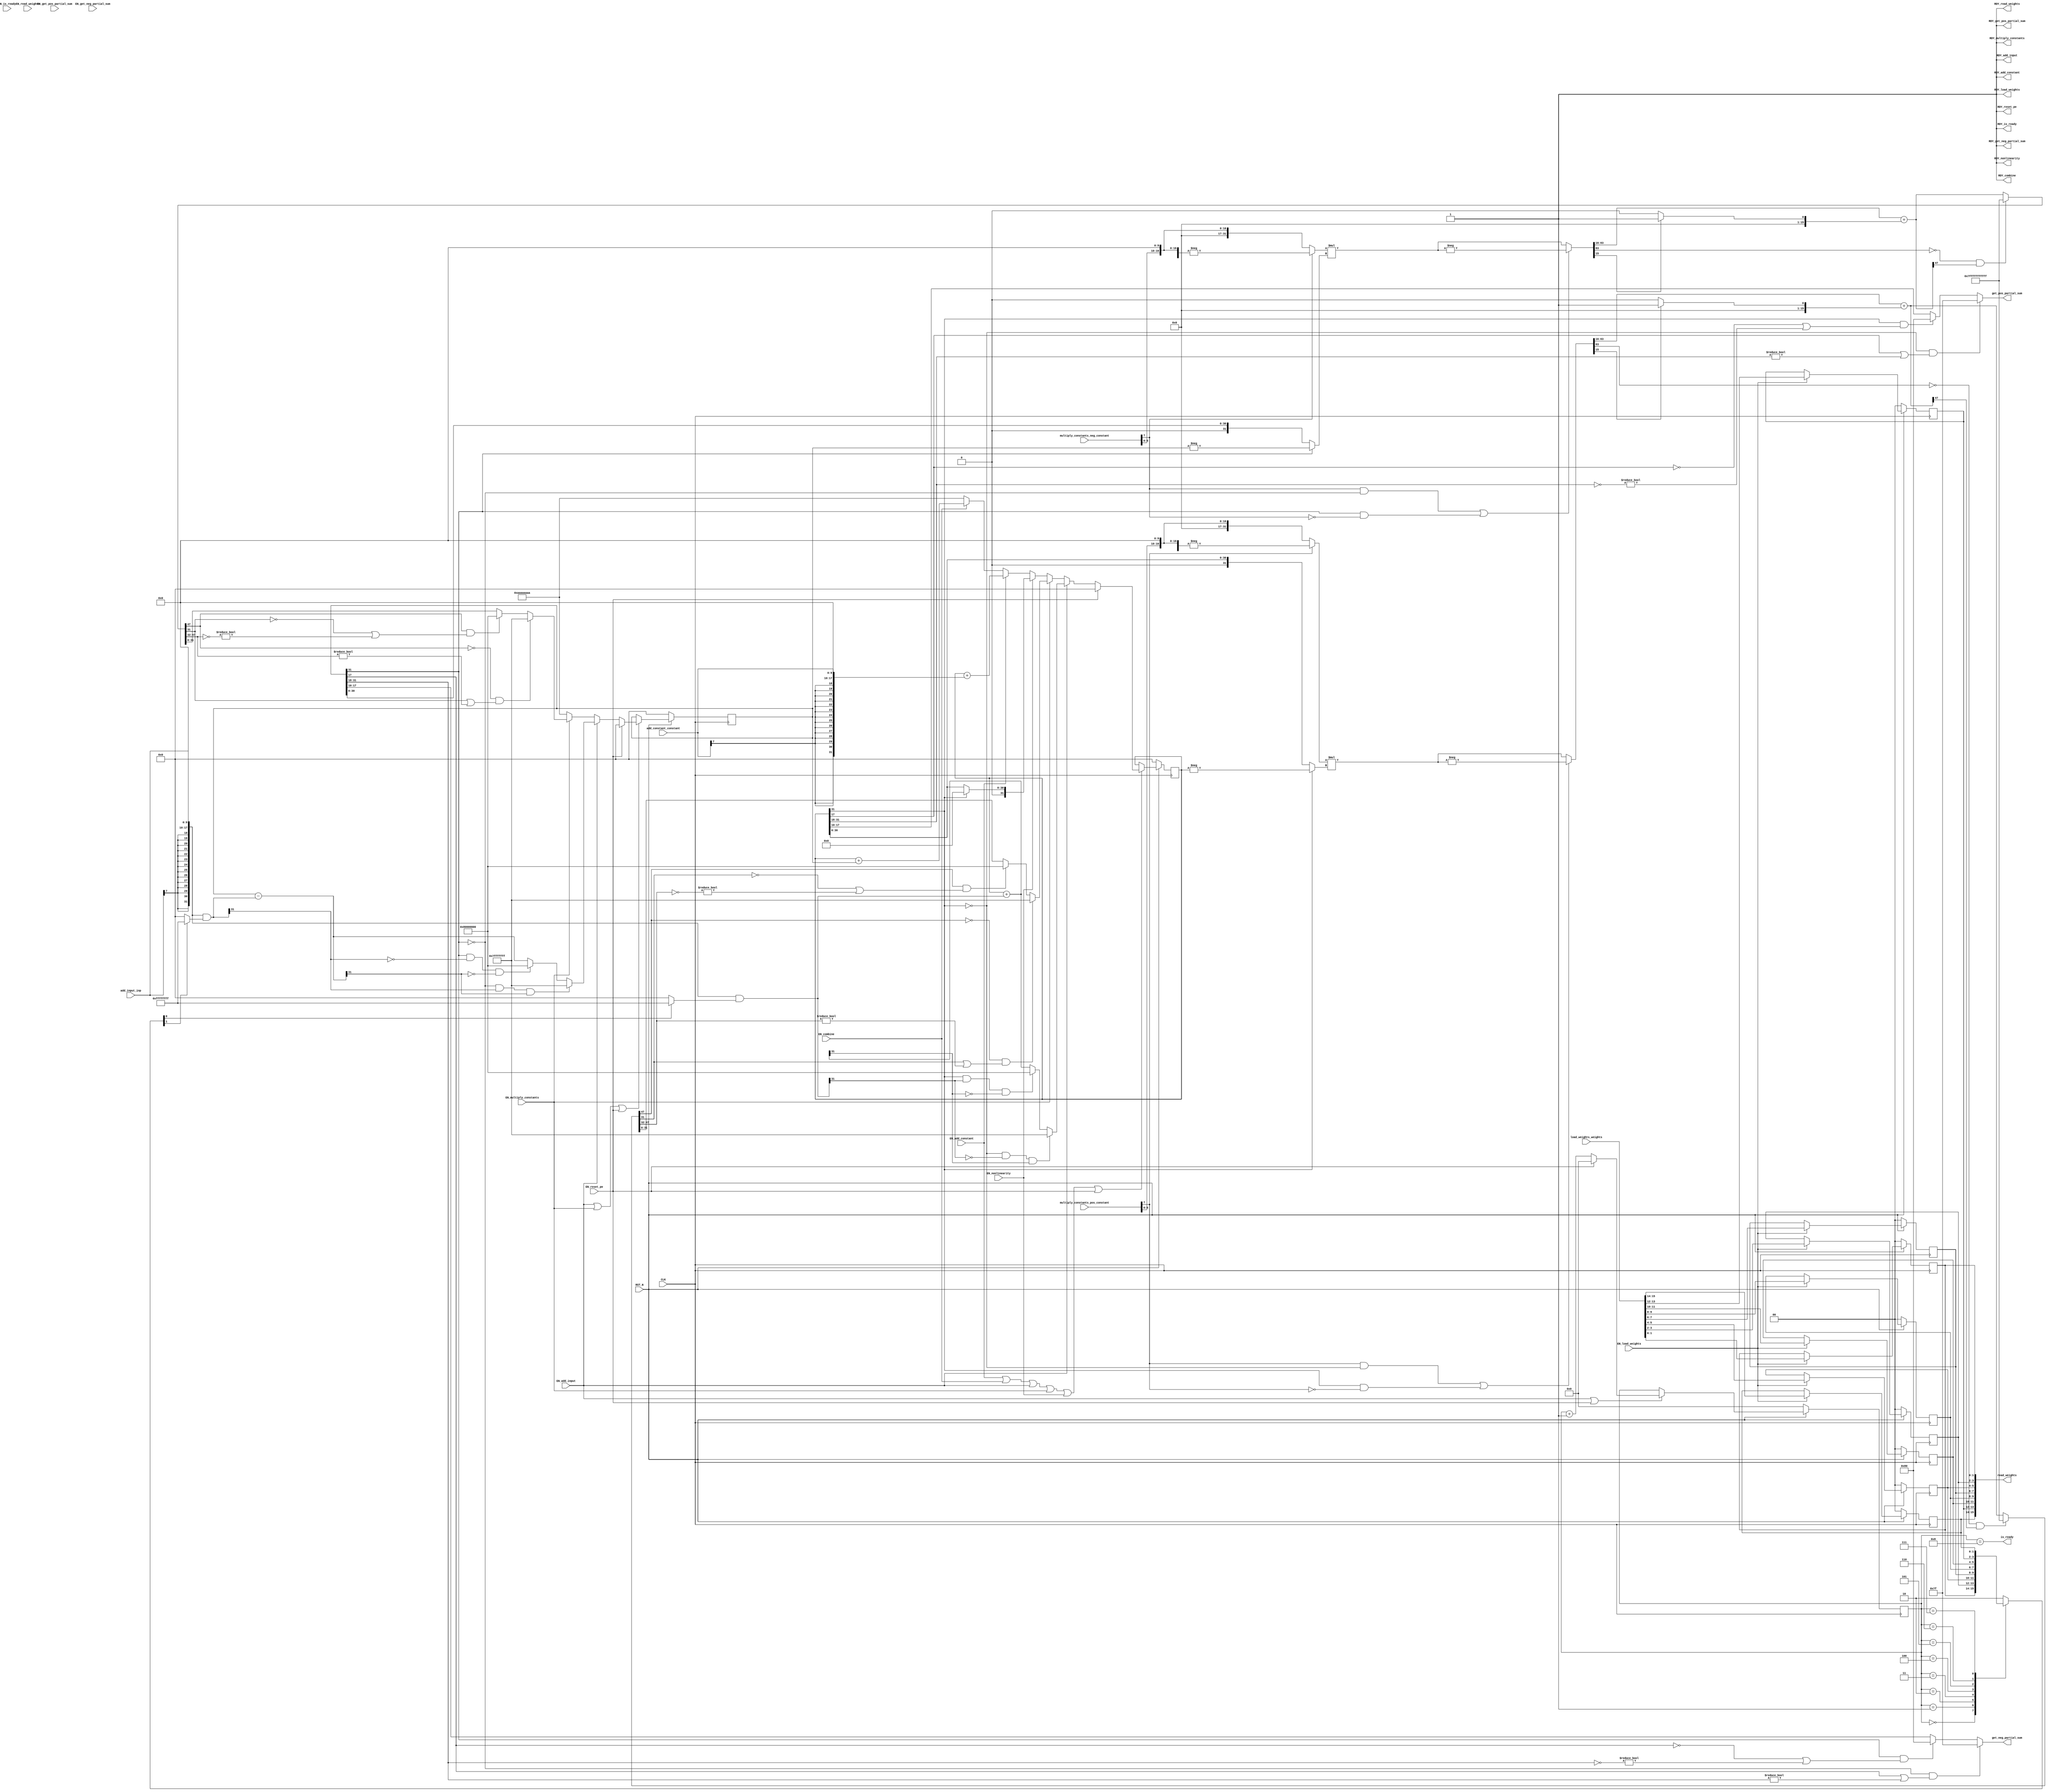
//
// Generated by Bluespec Compiler, version 2016.07.beta1 (build 34806, 2016-07-05)
//
// On Mon Dec 11 16:25:46 EST 2017
//
//
// Ports:
// Name                         I/O  size props
// RDY_load_weights               O     1 const
// RDY_add_input                  O     1 const
// RDY_multiply_constants         O     1 const
// RDY_combine                    O     1 const
// RDY_add_constant               O     1 const
// RDY_nonlinearity               O     1 const
// get_pos_partial_sum            O     8
// RDY_get_pos_partial_sum        O     1 const
// get_neg_partial_sum            O     8
// RDY_get_neg_partial_sum        O     1 const
// read_weights                   O    16 reg
// RDY_read_weights               O     1 const
// is_ready                       O     1
// RDY_is_ready                   O     1 const
// RDY_reset_pe                   O     1 const
// CLK                            I     1 clock
// RST_N                          I     1 reset
// load_weights_weights           I    16 reg
// add_input_inp                  I     8
// multiply_constants_pos_constant  I     8
// multiply_constants_neg_constant  I     8
// add_constant_constant          I     8
// EN_load_weights                I     1
// EN_add_input                   I     1
// EN_multiply_constants          I     1
// EN_combine                     I     1
// EN_add_constant                I     1
// EN_nonlinearity                I     1
// EN_reset_pe                    I     1
// EN_get_pos_partial_sum         I     1 unused
// EN_get_neg_partial_sum         I     1 unused
// EN_read_weights                I     1 unused
// EN_is_ready                    I     1 unused
//
// No combinational paths from inputs to outputs
//
//

`ifdef BSV_ASSIGNMENT_DELAY
`else
  `define BSV_ASSIGNMENT_DELAY
`endif

`ifdef BSV_POSITIVE_RESET
  `define BSV_RESET_VALUE 1'b1
  `define BSV_RESET_EDGE posedge
`else
  `define BSV_RESET_VALUE 1'b0
  `define BSV_RESET_EDGE negedge
`endif

module mkPE32(CLK,
	      RST_N,

	      load_weights_weights,
	      EN_load_weights,
	      RDY_load_weights,

	      add_input_inp,
	      EN_add_input,
	      RDY_add_input,

	      multiply_constants_pos_constant,
	      multiply_constants_neg_constant,
	      EN_multiply_constants,
	      RDY_multiply_constants,

	      EN_combine,
	      RDY_combine,

	      add_constant_constant,
	      EN_add_constant,
	      RDY_add_constant,

	      EN_nonlinearity,
	      RDY_nonlinearity,

	      EN_get_pos_partial_sum,
	      get_pos_partial_sum,
	      RDY_get_pos_partial_sum,

	      EN_get_neg_partial_sum,
	      get_neg_partial_sum,
	      RDY_get_neg_partial_sum,

	      EN_read_weights,
	      read_weights,
	      RDY_read_weights,

	      EN_is_ready,
	      is_ready,
	      RDY_is_ready,

	      EN_reset_pe,
	      RDY_reset_pe);
  input  CLK;
  input  RST_N;

  // action method load_weights
  input  [15 : 0] load_weights_weights;
  input  EN_load_weights;
  output RDY_load_weights;

  // action method add_input
  input  [7 : 0] add_input_inp;
  input  EN_add_input;
  output RDY_add_input;

  // action method multiply_constants
  input  [7 : 0] multiply_constants_pos_constant;
  input  [7 : 0] multiply_constants_neg_constant;
  input  EN_multiply_constants;
  output RDY_multiply_constants;

  // action method combine
  input  EN_combine;
  output RDY_combine;

  // action method add_constant
  input  [7 : 0] add_constant_constant;
  input  EN_add_constant;
  output RDY_add_constant;

  // action method nonlinearity
  input  EN_nonlinearity;
  output RDY_nonlinearity;

  // actionvalue method get_pos_partial_sum
  input  EN_get_pos_partial_sum;
  output [7 : 0] get_pos_partial_sum;
  output RDY_get_pos_partial_sum;

  // actionvalue method get_neg_partial_sum
  input  EN_get_neg_partial_sum;
  output [7 : 0] get_neg_partial_sum;
  output RDY_get_neg_partial_sum;

  // actionvalue method read_weights
  input  EN_read_weights;
  output [15 : 0] read_weights;
  output RDY_read_weights;

  // actionvalue method is_ready
  input  EN_is_ready;
  output is_ready;
  output RDY_is_ready;

  // action method reset_pe
  input  EN_reset_pe;
  output RDY_reset_pe;

  // signals for module outputs
  wire [15 : 0] read_weights;
  wire [7 : 0] get_neg_partial_sum, get_pos_partial_sum;
  wire RDY_add_constant,
       RDY_add_input,
       RDY_combine,
       RDY_get_neg_partial_sum,
       RDY_get_pos_partial_sum,
       RDY_is_ready,
       RDY_load_weights,
       RDY_multiply_constants,
       RDY_nonlinearity,
       RDY_read_weights,
       RDY_reset_pe,
       is_ready;

  // register m_neg_partial_sum
  reg [31 : 0] m_neg_partial_sum;
  reg [31 : 0] m_neg_partial_sum_D_IN;
  wire m_neg_partial_sum_EN;

  // register m_pos_partial_sum
  reg [31 : 0] m_pos_partial_sum;
  reg [31 : 0] m_pos_partial_sum_D_IN;
  wire m_pos_partial_sum_EN;

  // register m_step
  reg [3 : 0] m_step;
  wire [3 : 0] m_step_D_IN;
  wire m_step_EN;

  // register m_weight_regs_0
  reg [1 : 0] m_weight_regs_0;
  wire [1 : 0] m_weight_regs_0_D_IN;
  wire m_weight_regs_0_EN;

  // register m_weight_regs_1
  reg [1 : 0] m_weight_regs_1;
  wire [1 : 0] m_weight_regs_1_D_IN;
  wire m_weight_regs_1_EN;

  // register m_weight_regs_2
  reg [1 : 0] m_weight_regs_2;
  wire [1 : 0] m_weight_regs_2_D_IN;
  wire m_weight_regs_2_EN;

  // register m_weight_regs_3
  reg [1 : 0] m_weight_regs_3;
  wire [1 : 0] m_weight_regs_3_D_IN;
  wire m_weight_regs_3_EN;

  // register m_weight_regs_4
  reg [1 : 0] m_weight_regs_4;
  wire [1 : 0] m_weight_regs_4_D_IN;
  wire m_weight_regs_4_EN;

  // register m_weight_regs_5
  reg [1 : 0] m_weight_regs_5;
  wire [1 : 0] m_weight_regs_5_D_IN;
  wire m_weight_regs_5_EN;

  // register m_weight_regs_6
  reg [1 : 0] m_weight_regs_6;
  wire [1 : 0] m_weight_regs_6_D_IN;
  wire m_weight_regs_6_EN;

  // register m_weight_regs_7
  reg [1 : 0] m_weight_regs_7;
  wire [1 : 0] m_weight_regs_7_D_IN;
  wire m_weight_regs_7_EN;

  // rule scheduling signals
  wire CAN_FIRE_add_constant,
       CAN_FIRE_add_input,
       CAN_FIRE_combine,
       CAN_FIRE_get_neg_partial_sum,
       CAN_FIRE_get_pos_partial_sum,
       CAN_FIRE_is_ready,
       CAN_FIRE_load_weights,
       CAN_FIRE_multiply_constants,
       CAN_FIRE_nonlinearity,
       CAN_FIRE_read_weights,
       CAN_FIRE_reset_pe,
       WILL_FIRE_add_constant,
       WILL_FIRE_add_input,
       WILL_FIRE_combine,
       WILL_FIRE_get_neg_partial_sum,
       WILL_FIRE_get_pos_partial_sum,
       WILL_FIRE_is_ready,
       WILL_FIRE_load_weights,
       WILL_FIRE_multiply_constants,
       WILL_FIRE_nonlinearity,
       WILL_FIRE_read_weights,
       WILL_FIRE_reset_pe;

  // inputs to muxes for submodule ports
  wire [31 : 0] MUX_m_neg_partial_sum_write_1__VAL_2,
		MUX_m_neg_partial_sum_write_1__VAL_3,
		MUX_m_pos_partial_sum_write_1__VAL_2,
		MUX_m_pos_partial_sum_write_1__VAL_3,
		MUX_m_pos_partial_sum_write_1__VAL_4,
		MUX_m_pos_partial_sum_write_1__VAL_5,
		MUX_m_pos_partial_sum_write_1__VAL_6;
  wire [3 : 0] MUX_m_step_write_1__VAL_2;

  // remaining internal signals
  reg [1 : 0] SEL_ARR_m_weight_regs_0_7_m_weight_regs_1_8_m__ETC___d27;
  wire [63 : 0] IF_SEXT_multiply_constants_neg_constant_BITS_7_ETC___d118,
		IF_SEXT_multiply_constants_pos_constant_BITS_7_ETC___d74,
		x__h6365,
		x__h9294;
  wire [47 : 0] IF_NOT_IF_SEXT_multiply_constants_neg_constant_ETC___d130,
		IF_NOT_IF_SEXT_multiply_constants_pos_constant_ETC___d86,
		IF_SEXT_multiply_constants_neg_constant_BITS_7_ETC___d127,
		IF_SEXT_multiply_constants_pos_constant_BITS_7_ETC___d83;
  wire [31 : 0] SEXT_add_input_inp_BITS_7_TO_6_2_3_CONCAT_add__ETC___d30,
		SEXT_add_input_inp_BITS_7_TO_6_2_3_CONCAT_add__ETC___d47,
		c__h1994,
		m_neg_partial_sum_2_MINUS_SEXT_add_input_inp_B_ETC___d50,
		m_pos_partial_sum_PLUS_SEXT_add_input_inp_BITS_ETC___d34,
		x__h6422,
		x__h6438,
		x__h6441,
		x__h9348,
		x__h9364,
		x__h9367,
		y__h2619,
		y__h4368;
  wire [15 : 0] in2_f__h11468,
		in2_i__h11467,
		inp_se_f__h2623,
		inp_se_i__h2622,
		tmp1a_f__h6383,
		tmp1a_i__h6382,
		tmp3a_f__h9312,
		tmp3a_i__h9311,
		y_f__h6993,
		y_f__h9916;
  wire [1 : 0] add_constant_constant_BITS_7_TO_6__q3,
	       add_input_inp_BITS_7_TO_6__q1,
	       multiply_constants_neg_constant_BITS_7_TO_6__q4,
	       multiply_constants_pos_constant_BITS_7_TO_6__q2;

  // action method load_weights
  assign RDY_load_weights = 1'd1 ;
  assign CAN_FIRE_load_weights = 1'd1 ;
  assign WILL_FIRE_load_weights = EN_load_weights ;

  // action method add_input
  assign RDY_add_input = 1'd1 ;
  assign CAN_FIRE_add_input = 1'd1 ;
  assign WILL_FIRE_add_input = EN_add_input ;

  // action method multiply_constants
  assign RDY_multiply_constants = 1'd1 ;
  assign CAN_FIRE_multiply_constants = 1'd1 ;
  assign WILL_FIRE_multiply_constants = EN_multiply_constants ;

  // action method combine
  assign RDY_combine = 1'd1 ;
  assign CAN_FIRE_combine = 1'd1 ;
  assign WILL_FIRE_combine = EN_combine ;

  // action method add_constant
  assign RDY_add_constant = 1'd1 ;
  assign CAN_FIRE_add_constant = 1'd1 ;
  assign WILL_FIRE_add_constant = EN_add_constant ;

  // action method nonlinearity
  assign RDY_nonlinearity = 1'd1 ;
  assign CAN_FIRE_nonlinearity = 1'd1 ;
  assign WILL_FIRE_nonlinearity = EN_nonlinearity ;

  // actionvalue method get_pos_partial_sum
  assign get_pos_partial_sum =
	     (!m_pos_partial_sum[31] &&
	      (m_pos_partial_sum[17] || m_pos_partial_sum[31:18] != 14'd0)) ?
	       8'd127 :
	       ((m_pos_partial_sum[31] &&
		 (!m_pos_partial_sum[17] ||
		  ~m_pos_partial_sum[31:18] != 14'd0)) ?
		  8'd128 :
		  m_pos_partial_sum[17:10]) ;
  assign RDY_get_pos_partial_sum = 1'd1 ;
  assign CAN_FIRE_get_pos_partial_sum = 1'd1 ;
  assign WILL_FIRE_get_pos_partial_sum = EN_get_pos_partial_sum ;

  // actionvalue method get_neg_partial_sum
  assign get_neg_partial_sum =
	     (!m_neg_partial_sum[31] &&
	      (m_neg_partial_sum[17] || m_neg_partial_sum[31:18] != 14'd0)) ?
	       8'd127 :
	       ((m_neg_partial_sum[31] &&
		 (!m_neg_partial_sum[17] ||
		  ~m_neg_partial_sum[31:18] != 14'd0)) ?
		  8'd128 :
		  m_neg_partial_sum[17:10]) ;
  assign RDY_get_neg_partial_sum = 1'd1 ;
  assign CAN_FIRE_get_neg_partial_sum = 1'd1 ;
  assign WILL_FIRE_get_neg_partial_sum = EN_get_neg_partial_sum ;

  // actionvalue method read_weights
  assign read_weights =
	     { m_weight_regs_7,
	       m_weight_regs_6,
	       m_weight_regs_5,
	       m_weight_regs_4,
	       m_weight_regs_3,
	       m_weight_regs_2,
	       m_weight_regs_1,
	       m_weight_regs_0 } ;
  assign RDY_read_weights = 1'd1 ;
  assign CAN_FIRE_read_weights = 1'd1 ;
  assign WILL_FIRE_read_weights = EN_read_weights ;

  // actionvalue method is_ready
  assign is_ready = m_step == 4'd8 ;
  assign RDY_is_ready = 1'd1 ;
  assign CAN_FIRE_is_ready = 1'd1 ;
  assign WILL_FIRE_is_ready = EN_is_ready ;

  // action method reset_pe
  assign RDY_reset_pe = 1'd1 ;
  assign CAN_FIRE_reset_pe = 1'd1 ;
  assign WILL_FIRE_reset_pe = EN_reset_pe ;

  // inputs to muxes for submodule ports
  assign MUX_m_neg_partial_sum_write_1__VAL_2 =
	     (!m_neg_partial_sum[31] &&
	      SEXT_add_input_inp_BITS_7_TO_6_2_3_CONCAT_add__ETC___d47[31] &&
	      m_neg_partial_sum_2_MINUS_SEXT_add_input_inp_B_ETC___d50[31]) ?
	       32'h7FFFFFFF :
	       ((m_neg_partial_sum[31] &&
		 !SEXT_add_input_inp_BITS_7_TO_6_2_3_CONCAT_add__ETC___d47[31] &&
		 !m_neg_partial_sum_2_MINUS_SEXT_add_input_inp_B_ETC___d50[31]) ?
		  32'h80000000 :
		  m_neg_partial_sum_2_MINUS_SEXT_add_input_inp_B_ETC___d50) ;
  assign MUX_m_neg_partial_sum_write_1__VAL_3 =
	     (!IF_NOT_IF_SEXT_multiply_constants_neg_constant_ETC___d130[47] &&
	      (IF_NOT_IF_SEXT_multiply_constants_neg_constant_ETC___d130[31] ||
	       IF_NOT_IF_SEXT_multiply_constants_neg_constant_ETC___d130[47:32] !=
	       16'd0)) ?
	       32'h7FFFFFFF :
	       ((IF_NOT_IF_SEXT_multiply_constants_neg_constant_ETC___d130[47] &&
		 (!IF_NOT_IF_SEXT_multiply_constants_neg_constant_ETC___d130[31] ||
		  ~IF_NOT_IF_SEXT_multiply_constants_neg_constant_ETC___d130[47:32] !=
		  16'd0)) ?
		  32'h80000000 :
		  IF_NOT_IF_SEXT_multiply_constants_neg_constant_ETC___d130[31:0]) ;
  assign MUX_m_pos_partial_sum_write_1__VAL_2 =
	     (!m_pos_partial_sum[31] &&
	      !SEXT_add_input_inp_BITS_7_TO_6_2_3_CONCAT_add__ETC___d30[31] &&
	      m_pos_partial_sum_PLUS_SEXT_add_input_inp_BITS_ETC___d34[31]) ?
	       32'h7FFFFFFF :
	       ((m_pos_partial_sum[31] &&
		 SEXT_add_input_inp_BITS_7_TO_6_2_3_CONCAT_add__ETC___d30[31] &&
		 !m_pos_partial_sum_PLUS_SEXT_add_input_inp_BITS_ETC___d34[31]) ?
		  32'h80000000 :
		  m_pos_partial_sum_PLUS_SEXT_add_input_inp_BITS_ETC___d34) ;
  assign MUX_m_pos_partial_sum_write_1__VAL_3 =
	     (!IF_NOT_IF_SEXT_multiply_constants_pos_constant_ETC___d86[47] &&
	      (IF_NOT_IF_SEXT_multiply_constants_pos_constant_ETC___d86[31] ||
	       IF_NOT_IF_SEXT_multiply_constants_pos_constant_ETC___d86[47:32] !=
	       16'd0)) ?
	       32'h7FFFFFFF :
	       ((IF_NOT_IF_SEXT_multiply_constants_pos_constant_ETC___d86[47] &&
		 (!IF_NOT_IF_SEXT_multiply_constants_pos_constant_ETC___d86[31] ||
		  ~IF_NOT_IF_SEXT_multiply_constants_pos_constant_ETC___d86[47:32] !=
		  16'd0)) ?
		  32'h80000000 :
		  IF_NOT_IF_SEXT_multiply_constants_pos_constant_ETC___d86[31:0]) ;
  assign MUX_m_pos_partial_sum_write_1__VAL_4 =
	     m_pos_partial_sum[31] ? 32'd0 : m_pos_partial_sum ;
  assign MUX_m_pos_partial_sum_write_1__VAL_5 =
	     m_pos_partial_sum + { in2_i__h11467, in2_f__h11468 } ;
  assign MUX_m_pos_partial_sum_write_1__VAL_6 =
	     m_pos_partial_sum + m_neg_partial_sum ;
  assign MUX_m_step_write_1__VAL_2 = m_step + 4'd1 ;

  // register m_neg_partial_sum
  always@(EN_reset_pe or
	  EN_add_input or
	  MUX_m_neg_partial_sum_write_1__VAL_2 or
	  EN_multiply_constants or MUX_m_neg_partial_sum_write_1__VAL_3)
  case (1'b1)
    EN_reset_pe: m_neg_partial_sum_D_IN = 32'd0;
    EN_add_input:
	m_neg_partial_sum_D_IN = MUX_m_neg_partial_sum_write_1__VAL_2;
    EN_multiply_constants:
	m_neg_partial_sum_D_IN = MUX_m_neg_partial_sum_write_1__VAL_3;
    default: m_neg_partial_sum_D_IN = 32'hAAAAAAAA /* unspecified value */ ;
  endcase
  assign m_neg_partial_sum_EN =
	     EN_add_input || EN_multiply_constants || EN_reset_pe ;

  // register m_pos_partial_sum
  always@(EN_reset_pe or
	  EN_add_input or
	  MUX_m_pos_partial_sum_write_1__VAL_2 or
	  EN_multiply_constants or
	  MUX_m_pos_partial_sum_write_1__VAL_3 or
	  EN_nonlinearity or
	  MUX_m_pos_partial_sum_write_1__VAL_4 or
	  EN_add_constant or
	  MUX_m_pos_partial_sum_write_1__VAL_5 or
	  EN_combine or MUX_m_pos_partial_sum_write_1__VAL_6)
  case (1'b1)
    EN_reset_pe: m_pos_partial_sum_D_IN = 32'd0;
    EN_add_input:
	m_pos_partial_sum_D_IN = MUX_m_pos_partial_sum_write_1__VAL_2;
    EN_multiply_constants:
	m_pos_partial_sum_D_IN = MUX_m_pos_partial_sum_write_1__VAL_3;
    EN_nonlinearity:
	m_pos_partial_sum_D_IN = MUX_m_pos_partial_sum_write_1__VAL_4;
    EN_add_constant:
	m_pos_partial_sum_D_IN = MUX_m_pos_partial_sum_write_1__VAL_5;
    EN_combine: m_pos_partial_sum_D_IN = MUX_m_pos_partial_sum_write_1__VAL_6;
    default: m_pos_partial_sum_D_IN = 32'hAAAAAAAA /* unspecified value */ ;
  endcase
  assign m_pos_partial_sum_EN =
	     EN_add_constant || EN_combine || EN_add_input ||
	     EN_multiply_constants ||
	     EN_nonlinearity ||
	     EN_reset_pe ;

  // register m_step
  assign m_step_D_IN = EN_reset_pe ? 4'd0 : MUX_m_step_write_1__VAL_2 ;
  assign m_step_EN = EN_add_input || EN_reset_pe ;

  // register m_weight_regs_0
  assign m_weight_regs_0_D_IN = load_weights_weights[1:0] ;
  assign m_weight_regs_0_EN = EN_load_weights ;

  // register m_weight_regs_1
  assign m_weight_regs_1_D_IN = load_weights_weights[3:2] ;
  assign m_weight_regs_1_EN = EN_load_weights ;

  // register m_weight_regs_2
  assign m_weight_regs_2_D_IN = load_weights_weights[5:4] ;
  assign m_weight_regs_2_EN = EN_load_weights ;

  // register m_weight_regs_3
  assign m_weight_regs_3_D_IN = load_weights_weights[7:6] ;
  assign m_weight_regs_3_EN = EN_load_weights ;

  // register m_weight_regs_4
  assign m_weight_regs_4_D_IN = load_weights_weights[9:8] ;
  assign m_weight_regs_4_EN = EN_load_weights ;

  // register m_weight_regs_5
  assign m_weight_regs_5_D_IN = load_weights_weights[11:10] ;
  assign m_weight_regs_5_EN = EN_load_weights ;

  // register m_weight_regs_6
  assign m_weight_regs_6_D_IN = load_weights_weights[13:12] ;
  assign m_weight_regs_6_EN = EN_load_weights ;

  // register m_weight_regs_7
  assign m_weight_regs_7_D_IN = load_weights_weights[15:14] ;
  assign m_weight_regs_7_EN = EN_load_weights ;

  // remaining internal signals
  assign IF_NOT_IF_SEXT_multiply_constants_neg_constant_ETC___d130 =
	     (!x__h9294[63] &&
	      IF_SEXT_multiply_constants_neg_constant_BITS_7_ETC___d127[47]) ?
	       48'h7FFFFFFFFFFF :
	       IF_SEXT_multiply_constants_neg_constant_BITS_7_ETC___d127 ;
  assign IF_NOT_IF_SEXT_multiply_constants_pos_constant_ETC___d86 =
	     (!x__h6365[63] &&
	      IF_SEXT_multiply_constants_pos_constant_BITS_7_ETC___d83[47]) ?
	       48'h7FFFFFFFFFFF :
	       IF_SEXT_multiply_constants_pos_constant_BITS_7_ETC___d83 ;
  assign IF_SEXT_multiply_constants_neg_constant_BITS_7_ETC___d118 =
	     x__h9348 * x__h9367 ;
  assign IF_SEXT_multiply_constants_neg_constant_BITS_7_ETC___d127 =
	     x__h9294[63:16] + { 32'd0, y_f__h9916 } ;
  assign IF_SEXT_multiply_constants_pos_constant_BITS_7_ETC___d74 =
	     x__h6422 * x__h6441 ;
  assign IF_SEXT_multiply_constants_pos_constant_BITS_7_ETC___d83 =
	     x__h6365[63:16] + { 32'd0, y_f__h6993 } ;
  assign SEXT_add_input_inp_BITS_7_TO_6_2_3_CONCAT_add__ETC___d30 =
	     c__h1994 & y__h2619 ;
  assign SEXT_add_input_inp_BITS_7_TO_6_2_3_CONCAT_add__ETC___d47 =
	     c__h1994 & y__h4368 ;
  assign add_constant_constant_BITS_7_TO_6__q3 = add_constant_constant[7:6] ;
  assign add_input_inp_BITS_7_TO_6__q1 = add_input_inp[7:6] ;
  assign c__h1994 = { inp_se_i__h2622, inp_se_f__h2623 } ;
  assign in2_f__h11468 = { add_constant_constant[5:0], 10'd0 } ;
  assign in2_i__h11467 =
	     { {14{add_constant_constant_BITS_7_TO_6__q3[1]}},
	       add_constant_constant_BITS_7_TO_6__q3 } ;
  assign inp_se_f__h2623 = { add_input_inp[5:0], 10'd0 } ;
  assign inp_se_i__h2622 =
	     { {14{add_input_inp_BITS_7_TO_6__q1[1]}},
	       add_input_inp_BITS_7_TO_6__q1 } ;
  assign m_neg_partial_sum_2_MINUS_SEXT_add_input_inp_B_ETC___d50 =
	     m_neg_partial_sum -
	     SEXT_add_input_inp_BITS_7_TO_6_2_3_CONCAT_add__ETC___d47 ;
  assign m_pos_partial_sum_PLUS_SEXT_add_input_inp_BITS_ETC___d34 =
	     m_pos_partial_sum +
	     SEXT_add_input_inp_BITS_7_TO_6_2_3_CONCAT_add__ETC___d30 ;
  assign multiply_constants_neg_constant_BITS_7_TO_6__q4 =
	     multiply_constants_neg_constant[7:6] ;
  assign multiply_constants_pos_constant_BITS_7_TO_6__q2 =
	     multiply_constants_pos_constant[7:6] ;
  assign tmp1a_f__h6383 = { multiply_constants_pos_constant[5:0], 10'd0 } ;
  assign tmp1a_i__h6382 =
	     { {14{multiply_constants_pos_constant_BITS_7_TO_6__q2[1]}},
	       multiply_constants_pos_constant_BITS_7_TO_6__q2 } ;
  assign tmp3a_f__h9312 = { multiply_constants_neg_constant[5:0], 10'd0 } ;
  assign tmp3a_i__h9311 =
	     { {14{multiply_constants_neg_constant_BITS_7_TO_6__q4[1]}},
	       multiply_constants_neg_constant_BITS_7_TO_6__q4 } ;
  assign x__h6365 =
	     (tmp1a_i__h6382[15] && !m_pos_partial_sum[31] ||
	      m_pos_partial_sum[31] && !tmp1a_i__h6382[15]) ?
	       -IF_SEXT_multiply_constants_pos_constant_BITS_7_ETC___d74 :
	       IF_SEXT_multiply_constants_pos_constant_BITS_7_ETC___d74 ;
  assign x__h6422 = tmp1a_i__h6382[15] ? -x__h6438 : x__h6438 ;
  assign x__h6438 = { tmp1a_i__h6382, tmp1a_f__h6383 } ;
  assign x__h6441 =
	     m_pos_partial_sum[31] ? -m_pos_partial_sum : m_pos_partial_sum ;
  assign x__h9294 =
	     (tmp3a_i__h9311[15] && !m_neg_partial_sum[31] ||
	      m_neg_partial_sum[31] && !tmp3a_i__h9311[15]) ?
	       -IF_SEXT_multiply_constants_neg_constant_BITS_7_ETC___d118 :
	       IF_SEXT_multiply_constants_neg_constant_BITS_7_ETC___d118 ;
  assign x__h9348 = tmp3a_i__h9311[15] ? -x__h9364 : x__h9364 ;
  assign x__h9364 = { tmp3a_i__h9311, tmp3a_f__h9312 } ;
  assign x__h9367 =
	     m_neg_partial_sum[31] ? -m_neg_partial_sum : m_neg_partial_sum ;
  assign y__h2619 =
	     SEL_ARR_m_weight_regs_0_7_m_weight_regs_1_8_m__ETC___d27[0] ?
	       32'hFFFFFFFF :
	       32'd0 ;
  assign y__h4368 =
	     SEL_ARR_m_weight_regs_0_7_m_weight_regs_1_8_m__ETC___d27[1] ?
	       32'hFFFFFFFF :
	       32'd0 ;
  assign y_f__h6993 = x__h6365[15] ? 16'd1 : 16'd0 ;
  assign y_f__h9916 = x__h9294[15] ? 16'd1 : 16'd0 ;
  always@(m_step or
	  m_weight_regs_0 or
	  m_weight_regs_1 or
	  m_weight_regs_2 or
	  m_weight_regs_3 or
	  m_weight_regs_4 or
	  m_weight_regs_5 or m_weight_regs_6 or m_weight_regs_7)
  begin
    case (m_step)
      4'd0:
	  SEL_ARR_m_weight_regs_0_7_m_weight_regs_1_8_m__ETC___d27 =
	      m_weight_regs_0;
      4'd1:
	  SEL_ARR_m_weight_regs_0_7_m_weight_regs_1_8_m__ETC___d27 =
	      m_weight_regs_1;
      4'd2:
	  SEL_ARR_m_weight_regs_0_7_m_weight_regs_1_8_m__ETC___d27 =
	      m_weight_regs_2;
      4'd3:
	  SEL_ARR_m_weight_regs_0_7_m_weight_regs_1_8_m__ETC___d27 =
	      m_weight_regs_3;
      4'd4:
	  SEL_ARR_m_weight_regs_0_7_m_weight_regs_1_8_m__ETC___d27 =
	      m_weight_regs_4;
      4'd5:
	  SEL_ARR_m_weight_regs_0_7_m_weight_regs_1_8_m__ETC___d27 =
	      m_weight_regs_5;
      4'd6:
	  SEL_ARR_m_weight_regs_0_7_m_weight_regs_1_8_m__ETC___d27 =
	      m_weight_regs_6;
      4'd7:
	  SEL_ARR_m_weight_regs_0_7_m_weight_regs_1_8_m__ETC___d27 =
	      m_weight_regs_7;
      default: SEL_ARR_m_weight_regs_0_7_m_weight_regs_1_8_m__ETC___d27 =
		   2'b10 /* unspecified value */ ;
    endcase
  end

  // handling of inlined registers

  always@(posedge CLK)
  begin
    if (RST_N == `BSV_RESET_VALUE)
      begin
        m_neg_partial_sum <= `BSV_ASSIGNMENT_DELAY 32'd0;
	m_pos_partial_sum <= `BSV_ASSIGNMENT_DELAY 32'd0;
	m_step <= `BSV_ASSIGNMENT_DELAY 4'd0;
	m_weight_regs_0 <= `BSV_ASSIGNMENT_DELAY 2'd0;
	m_weight_regs_1 <= `BSV_ASSIGNMENT_DELAY 2'd0;
	m_weight_regs_2 <= `BSV_ASSIGNMENT_DELAY 2'd0;
	m_weight_regs_3 <= `BSV_ASSIGNMENT_DELAY 2'd0;
	m_weight_regs_4 <= `BSV_ASSIGNMENT_DELAY 2'd0;
	m_weight_regs_5 <= `BSV_ASSIGNMENT_DELAY 2'd0;
	m_weight_regs_6 <= `BSV_ASSIGNMENT_DELAY 2'd0;
	m_weight_regs_7 <= `BSV_ASSIGNMENT_DELAY 2'd0;
      end
    else
      begin
        if (m_neg_partial_sum_EN)
	  m_neg_partial_sum <= `BSV_ASSIGNMENT_DELAY m_neg_partial_sum_D_IN;
	if (m_pos_partial_sum_EN)
	  m_pos_partial_sum <= `BSV_ASSIGNMENT_DELAY m_pos_partial_sum_D_IN;
	if (m_step_EN) m_step <= `BSV_ASSIGNMENT_DELAY m_step_D_IN;
	if (m_weight_regs_0_EN)
	  m_weight_regs_0 <= `BSV_ASSIGNMENT_DELAY m_weight_regs_0_D_IN;
	if (m_weight_regs_1_EN)
	  m_weight_regs_1 <= `BSV_ASSIGNMENT_DELAY m_weight_regs_1_D_IN;
	if (m_weight_regs_2_EN)
	  m_weight_regs_2 <= `BSV_ASSIGNMENT_DELAY m_weight_regs_2_D_IN;
	if (m_weight_regs_3_EN)
	  m_weight_regs_3 <= `BSV_ASSIGNMENT_DELAY m_weight_regs_3_D_IN;
	if (m_weight_regs_4_EN)
	  m_weight_regs_4 <= `BSV_ASSIGNMENT_DELAY m_weight_regs_4_D_IN;
	if (m_weight_regs_5_EN)
	  m_weight_regs_5 <= `BSV_ASSIGNMENT_DELAY m_weight_regs_5_D_IN;
	if (m_weight_regs_6_EN)
	  m_weight_regs_6 <= `BSV_ASSIGNMENT_DELAY m_weight_regs_6_D_IN;
	if (m_weight_regs_7_EN)
	  m_weight_regs_7 <= `BSV_ASSIGNMENT_DELAY m_weight_regs_7_D_IN;
      end
  end

  // synopsys translate_off
  `ifdef BSV_NO_INITIAL_BLOCKS
  `else // not BSV_NO_INITIAL_BLOCKS
  initial
  begin
    m_neg_partial_sum = 32'hAAAAAAAA;
    m_pos_partial_sum = 32'hAAAAAAAA;
    m_step = 4'hA;
    m_weight_regs_0 = 2'h2;
    m_weight_regs_1 = 2'h2;
    m_weight_regs_2 = 2'h2;
    m_weight_regs_3 = 2'h2;
    m_weight_regs_4 = 2'h2;
    m_weight_regs_5 = 2'h2;
    m_weight_regs_6 = 2'h2;
    m_weight_regs_7 = 2'h2;
  end
  `endif // BSV_NO_INITIAL_BLOCKS
  // synopsys translate_on
endmodule  // mkPE32